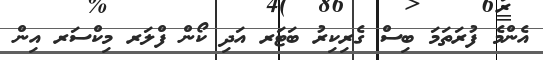
އެންމެ ފުރަތަމަ ބިސް ގެރިކިރު ބަޓަރ އަދި ކޯން ފްލަރ މިކްސަރ އިން